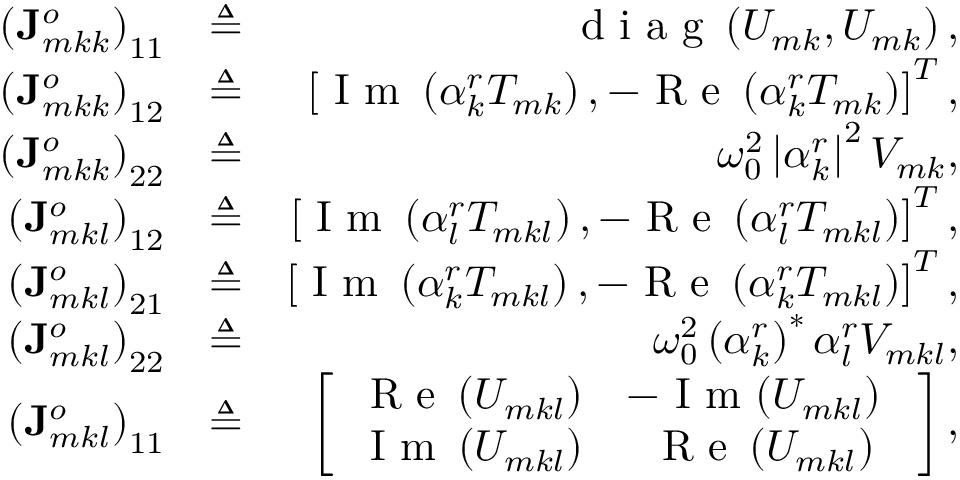
\begin{array} { r l r } { \left( \mathbf { J } _ { m k k } ^ { o } \right) _ { 1 1 } } & { \triangleq } & { \textrm { d i a g } \left( U _ { m k } , U _ { m k } \right) , } \\ { \left( \mathbf { J } _ { m k k } ^ { o } \right) _ { 1 2 } } & { \triangleq } & { \left[ \textrm { I m } \left( \alpha _ { k } ^ { r } T _ { m k } \right) , - \textrm { R e } \left( \alpha _ { k } ^ { r } T _ { m k } \right) \right] ^ { T } , } \\ { \left( \mathbf { J } _ { m k k } ^ { o } \right) _ { 2 2 } } & { \triangleq } & { \omega _ { 0 } ^ { 2 } \left| \alpha _ { k } ^ { r } \right| ^ { 2 } V _ { m k } , } \\ { \left( \mathbf { J } _ { m k l } ^ { o } \right) _ { 1 2 } } & { \triangleq } & { \left[ \textrm { I m } \left( \alpha _ { l } ^ { r } T _ { m k l } \right) , - \textrm { R e } \left( \alpha _ { l } ^ { r } T _ { m k l } \right) \right] ^ { T } , } \\ { \left( \mathbf { J } _ { m k l } ^ { o } \right) _ { 2 1 } } & { \triangleq } & { \left[ \textrm { I m } \left( \alpha _ { k } ^ { r } T _ { m k l } \right) , - \textrm { R e } \left( \alpha _ { k } ^ { r } T _ { m k l } \right) \right] ^ { T } , } \\ { \left( \mathbf { J } _ { m k l } ^ { o } \right) _ { 2 2 } } & { \triangleq } & { \omega _ { 0 } ^ { 2 } \left( \alpha _ { k } ^ { r } \right) ^ { * } \alpha _ { l } ^ { r } V _ { m k l } , } \\ { \left( \mathbf { J } _ { m k l } ^ { o } \right) _ { 1 1 } } & { \triangleq } & { \left[ \begin{array} { c c } { \textrm { R e } \left( U _ { m k l } \right) } & { - \textrm { I m \ensuremath { \left( U _ { m k l } \right) } } } \\ { \textrm { I m } \left( U _ { m k l } \right) } & { \textrm { R e } \left( U _ { m k l } \right) } \end{array} \right] , } \end{array}